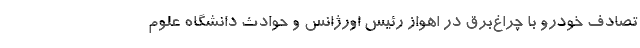
تصادف خودرو با چراغ‌برق در اهواز رئیس اورژانس و حوادث دانشگاه علوم